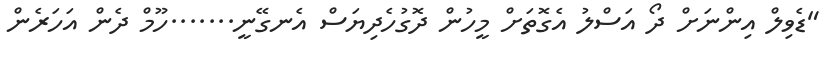
"ޑެވިލް އިންނަށް ދޯ އަސްލު އެގޮތަށް މީހުން ދޮގުހެދިޔަސް އެނގޭނީ.......ހޫމް ދެން އަހަރެން